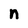
Character: n